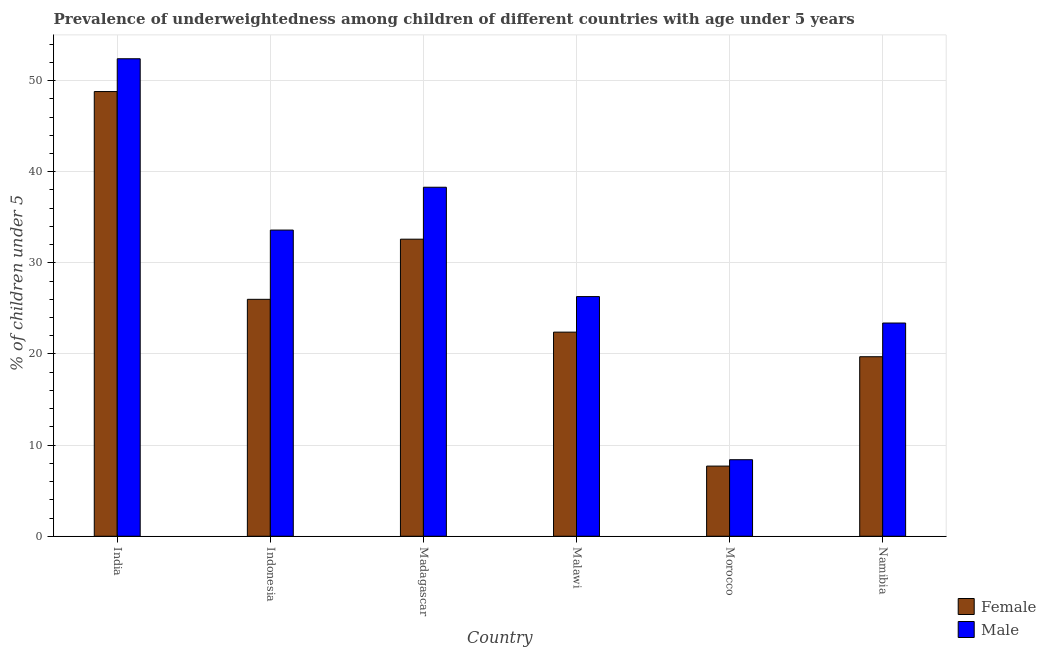
| Country | Female | Male |
 | --- | --- | --- |
 | India | 48.8 | 52.4 |
 | Indonesia | 26 | 33.6 |
 | Madagascar | 32.6 | 38.3 |
 | Malawi | 22.4 | 26.3 |
 | Morocco | 7.7 | 8.4 |
 | Namibia | 19.7 | 23.4 |